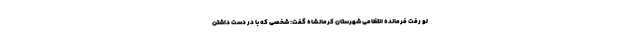
لو رفت فرمانده انتظامی شهرستان کرمانشاه گفت: شخصی که با در دست داشتن